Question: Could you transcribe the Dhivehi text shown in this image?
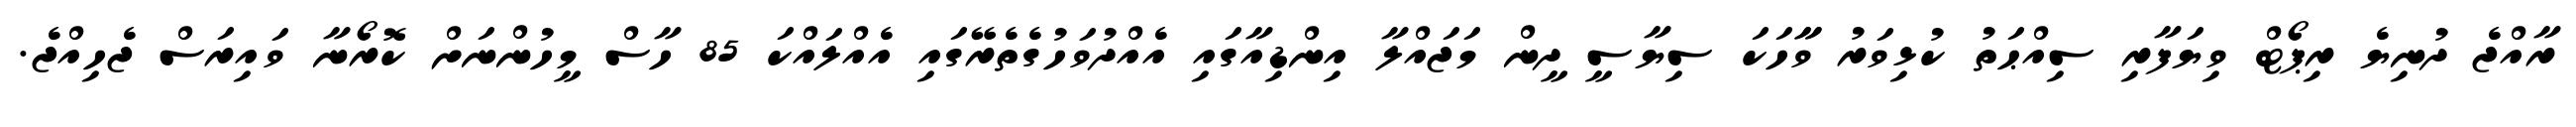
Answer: ރާއްޖެ ދުނިޔެ ރިޕޯޓް ވިޔަފާރި ސިއްޙަތު ކުޅިވަރު ވާާހަކަ ސިޔާސީ ދީން މަޖައްލާ އިންޑިއާގައި އެއްދުވަހުގެތެރޭގައި އެއްލައްކަ 85 ހާސް މީހުންނަށް ކޮރޯނާ ވައިރަސް ޖެހިއްޖެ.